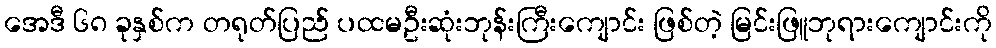
အေဒီ ၆၈ ခုနှစ်က တရုတ်ပြည် ပထမဦးဆုံးဘုန်းကြီးကျောင်း ဖြစ်တဲ့ မြင်းဖြူဘုရားကျောင်းကို